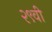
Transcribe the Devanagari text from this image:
२९वी